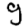
Digit: 9